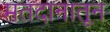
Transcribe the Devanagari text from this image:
मतदानातून